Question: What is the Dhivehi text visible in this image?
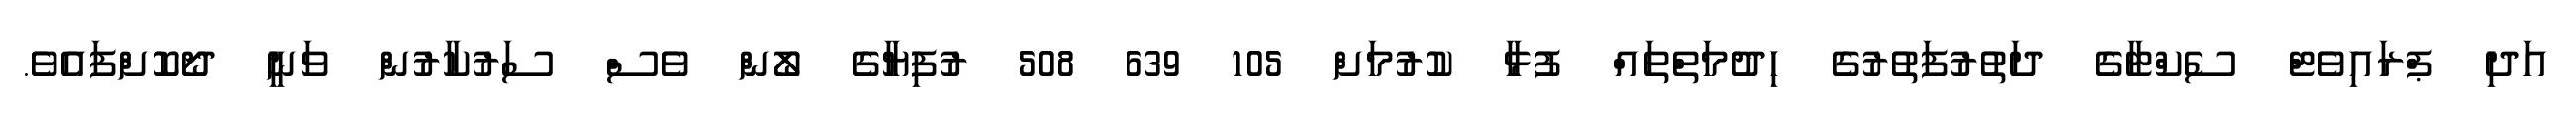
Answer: އަދި ޕްރައިވެޓް ސެކްޓާގެ ދަތުރުފަތުރުގެ ހިދުމަތްތައް ފުޅާ ކުރުމަށް 105 639 508 ރުފިޔާގެ ލޯން ވެސް ސަރުކާރުން ވަނީ ދޯކޮށްފައެވެ.